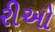
રીઓ